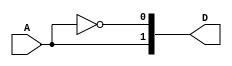
module deco1to2(A,D);

    input A;
    output [0:1] D;

    //always @(posedge clk ) begin
    assign D[0] = A;
    assign D[1] = ~A;
    //end


endmodule